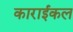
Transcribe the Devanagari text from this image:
काराईकल